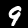
Label: 9